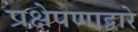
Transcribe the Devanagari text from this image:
प्रक्षेपणाद्वारे